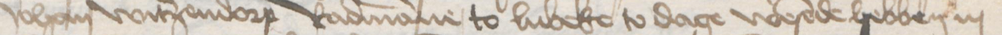
Johan Witzendorp Radmanne to Lubeke to dage wesende hebben in